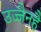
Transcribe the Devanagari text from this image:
उज्जैनहै